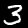
Label: 3